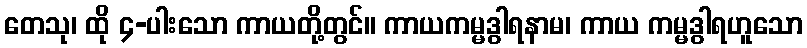
တေသု၊ ထို ၄-ပါးသော ကာယတို့တွင်။ ကာယကမ္မဒွါရနာမ၊ ကာယ ကမ္မဒွါရဟူသော